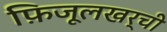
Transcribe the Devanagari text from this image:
फ़िजूलखर्ची